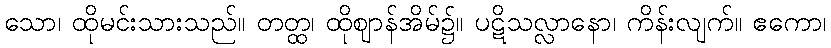
သော၊ ထိုမင်းသားသည်။ တတ္ထ၊ ထိုဈာန်အိမ်၌။ ပဋိသလ္လာနော၊ ကိန်းလျက်။ ဧကော၊